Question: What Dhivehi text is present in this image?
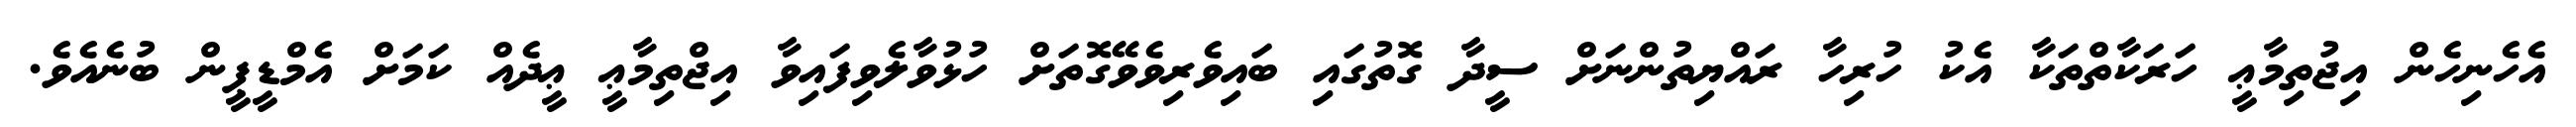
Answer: އެހެނިހެން އިޖުތިމާޢީ ހަރަކާތްތަކާ އެކު ހުރިހާ ރައްޔިތުންނަށް ސީދާ ގޮތުގައި ބައިވެރިވެވޭގޮތަށް ހުޅުވާލެވިފައިވާ އިޖްތިމާޢީ ޢީދެއް ކަމަށް އެމްޑީޕީން ބުނެއެވެ.